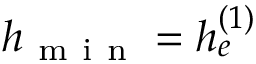
h _ { \mathrm { ~ m ~ i ~ n ~ } } = h _ { e } ^ { ( 1 ) }